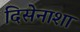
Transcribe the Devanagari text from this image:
दिसेनाशा